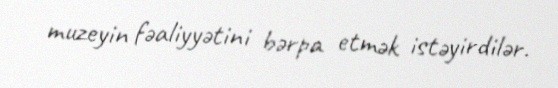
muzeyin fəaliyyətini bərpa etmək istəyirdilər.